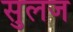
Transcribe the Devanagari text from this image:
सुलज